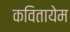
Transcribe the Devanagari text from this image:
कवितायेम